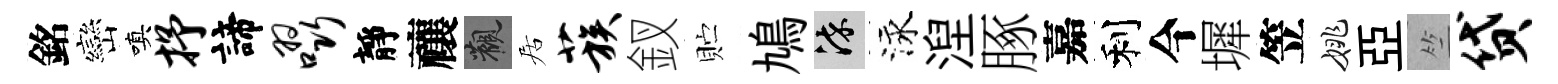
銘巒嗔抒諦啜靜禳觀居蔟釵贮鳩染泳湼䐁嘉利今墀笠姚亞竺贷